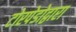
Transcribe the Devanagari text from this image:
टोरपेडोद्वारा